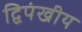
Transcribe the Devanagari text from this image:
द्विपंखीय